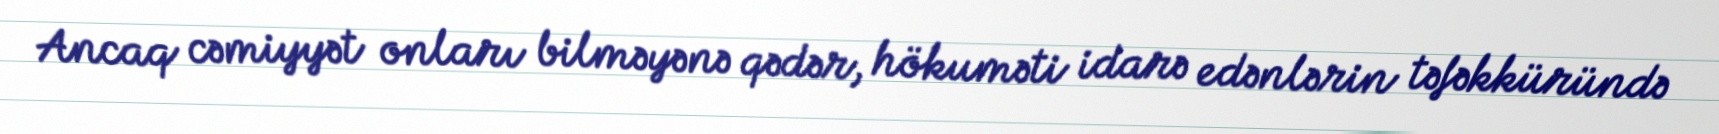
Ancaq cəmiyyət onları bilməyənə qədər, hökuməti idarə edənlərin təfəkküründə